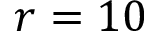
r = 1 0